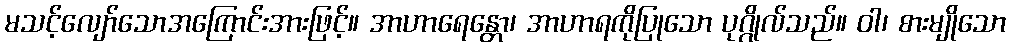
မသင့်လျော်သောအကြောင်းအားဖြင့်။ အာဟာရေန္တော၊ အာဟာရကိုပြုသော ပုဂ္ဂိုလ်သည်။ ဝါ၊ စားမျိုသော